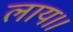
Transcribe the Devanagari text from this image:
लाय।।